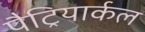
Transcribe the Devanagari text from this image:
पैट्रियार्कल